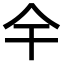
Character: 𫢉